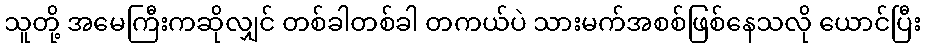
သူတို့ အမေကြီးကဆိုလျှင် တစ်ခါတစ်ခါ တကယ်ပဲ သားမက်အစစ်ဖြစ်နေသလို ယောင်ပြီး